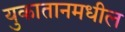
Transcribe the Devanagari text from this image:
युकातानमधील